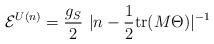
LaTeX: \begin{align*}{\cal E}^{U(n)} =\frac{g_S}{2}\,\, | n - \frac{1}{2} {\rm tr}(M \Theta)|^{-1}\end{align*}